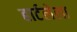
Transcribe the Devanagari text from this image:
हार्टलेला